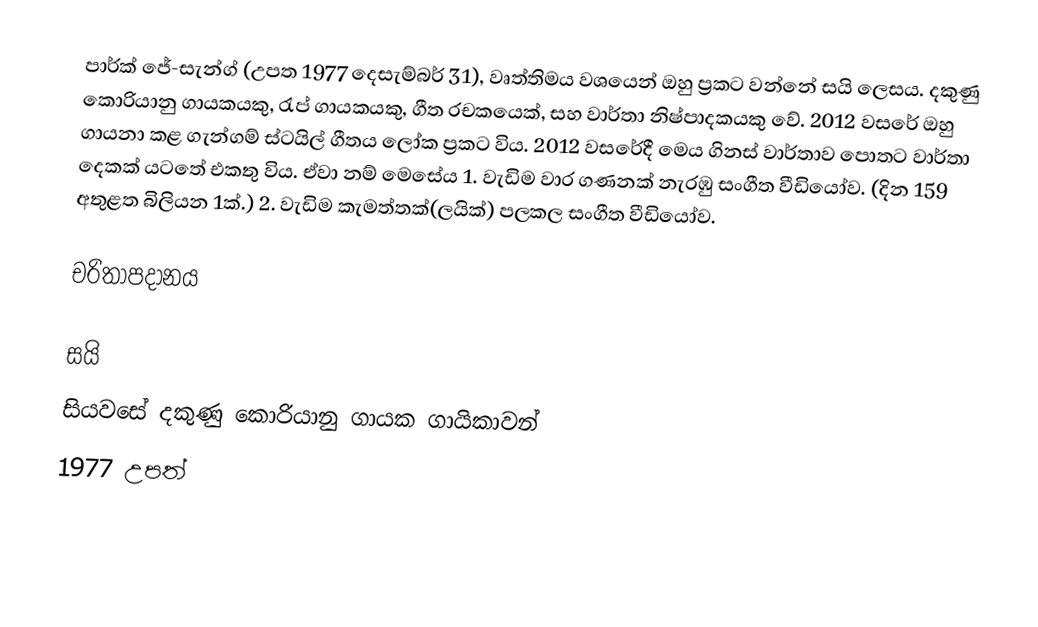
පාර්ක් ජේ-සැන්ග් (උපත 1977 දෙසැම්බර් 31), වෘත්තිමය වශයෙන් ඔහු ප්‍රකට වන්නේ සයි ලෙසය. දකුණු කොරියානු ගායකයකු, රැප් ගායකයකු, ගීත රචකයෙක්, සහ වාර්තා නිෂ්පාදකයකු වේ. 2012 වසරේ ඔහු ගායනා කළ ගැන්ගම් ස්ටයිල් ගීතය ලෝක ප්‍රකට විය. 2012 වසරේදී මෙය ගිනස් වාර්තාව පොතට වාර්තා දෙකක් යටතේ එකතු විය. ඒවා නම් මෙසේය 1. වැඩිම වාර ගණනක් නැරඹු සංගීත වීඩියෝව. (දින 159 අතුළත බිලියන 1ක්.) 2. වැඩිම කැමත්තක්(ලයික්) පලකල සංගීත වීඩියෝව.

චරිතාපදානය

සයි
සියවසේ දකුණු කොරියානු ගායක ගායිකාවන්
1977 උපත්